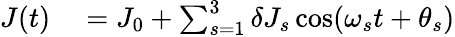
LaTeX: \begin{array}{rl}{J(t)}&{{}=J_{0}+\sum_{s=1}^{3}\delta J_{s}\cos(\omega_{s}t+\theta_{s})}\end{array}